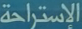
الإسترحة